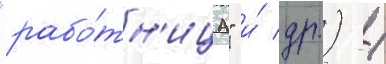
"рабо́тн'ица" и́ др.) /